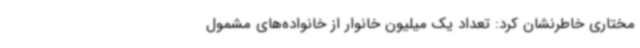
مختاری خاطرنشان کرد: تعداد یک میلیون خانوار از خانواده‌های مشمول